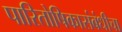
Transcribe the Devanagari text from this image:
पारितोषिकासंबंधीचा